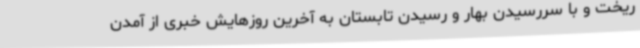
ریخت و با سررسیدن بهار و رسیدن تابستان به آخرین روزهایش خبری از آمدن